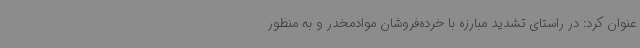
عنوان کرد: در راستای تشدید مبارزه با خرده‌فروشان موادمخدر و به منظور